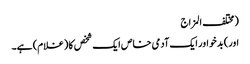
(مختلف المزاج
اور) بدخو اور ایک آدمی خاص ایک شخص کا (غلام) ہے۔